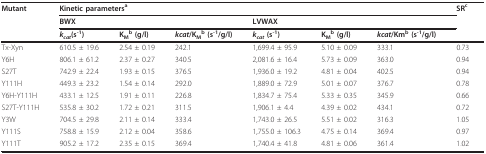
| Mutant | <COLSPAN=6> Kinetic parametersa | SRc |
 |  | <COLSPAN=3> BWX | <COLSPAN=3> LVWAX |  |
 |  | kcat(s-1) | KMb (g/l) | kcat/KMb (s-1/g/l) | kcat (s-1) | KMb (g/l) | kcat/Kmb (s-1/g/l) |  |
 | --- | --- | --- | --- | --- | --- | --- | --- |
 | Tx-Xyn | 610.5 ± 19.6 | 2.54 ± 0.19 | 242.1 | 1,699.4 ± 95.9 | 5.10 ± 0.09 | 333.1 | 0.73 |
 | Y6H | 806.1 ± 61.2 | 2.37 ± 0.27 | 340.5 | 2,081.6 ± 16.4 | 5.73 ± 0.09 | 363.0 | 0.94 |
 | S27T | 742.9 ± 22.4 | 1.93 ± 0.15 | 376.5 | 1,936.0 ± 19.2 | 4.81 ± 0.04 | 402.5 | 0.94 |
 | Y111H | 449.3 ± 23.2 | 1.54 ± 0.14 | 292.0 | 1,889.0 ± 72.9 | 5.01 ± 0.07 | 376.7 | 0.78 |
 | Y6H-Y111H | 433.1 ± 12.5 | 1.91 ± 0.11 | 226.8 | 1,834.7 ± 75.4 | 5.33 ± 0.35 | 345.9 | 0.66 |
 | S27T-Y111H | 535.8 ± 30.2 | 1.72 ± 0.21 | 311.5 | 1,906.1 ± 4.4 | 4.39 ± 0.02 | 434.1 | 0.72 |
 | Y3W | 704.5 ± 29.8 | 2.11 ± 0.14 | 333.4 | 1,743.0 ± 26.5 | 5.51 ± 0.02 | 316.3 | 1.05 |
 | Y111S | 758.8 ± 15.9 | 2.12 ± 0.04 | 358.6 | 1,755.0 ± 106.3 | 4.75 ± 0.14 | 369.4 | 0.97 |
 | Y111T | 905.2 ± 17.2 | 2.35 ± 0.15 | 369.4 | 1,740.4 ± 41.8 | 4.81 ± 0.06 | 361.4 | 1.02 |